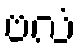
ဗလံ